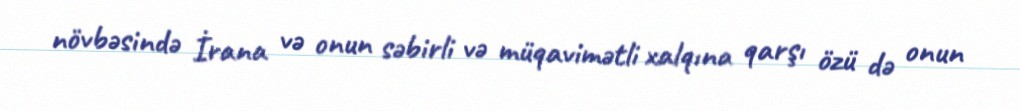
növbəsində İrana və onun səbirli və müqavimətli xalqına qarşı özü də onun